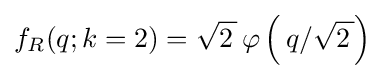
f_{R}(q;k=2)={\sqrt {2\,}}\,\varphi \left(\,q/{\sqrt {2\,}}\right)